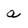
Character: a